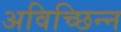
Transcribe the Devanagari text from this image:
अविच्छिन्‍न